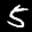
Label: 5